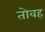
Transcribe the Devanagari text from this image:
तोवह